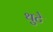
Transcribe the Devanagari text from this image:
थुटे